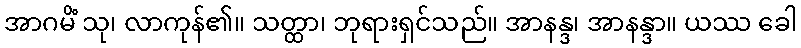
အာဂမိံ သု၊ လာကုန်၏။ သတ္ထာ၊ ဘုရားရှင်သည်။ အာနန္ဒ၊ အာနန္ဒာ။ ယဿ ခေါ